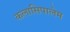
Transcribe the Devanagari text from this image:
कलासिपालेम